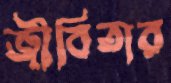
জীবিতার